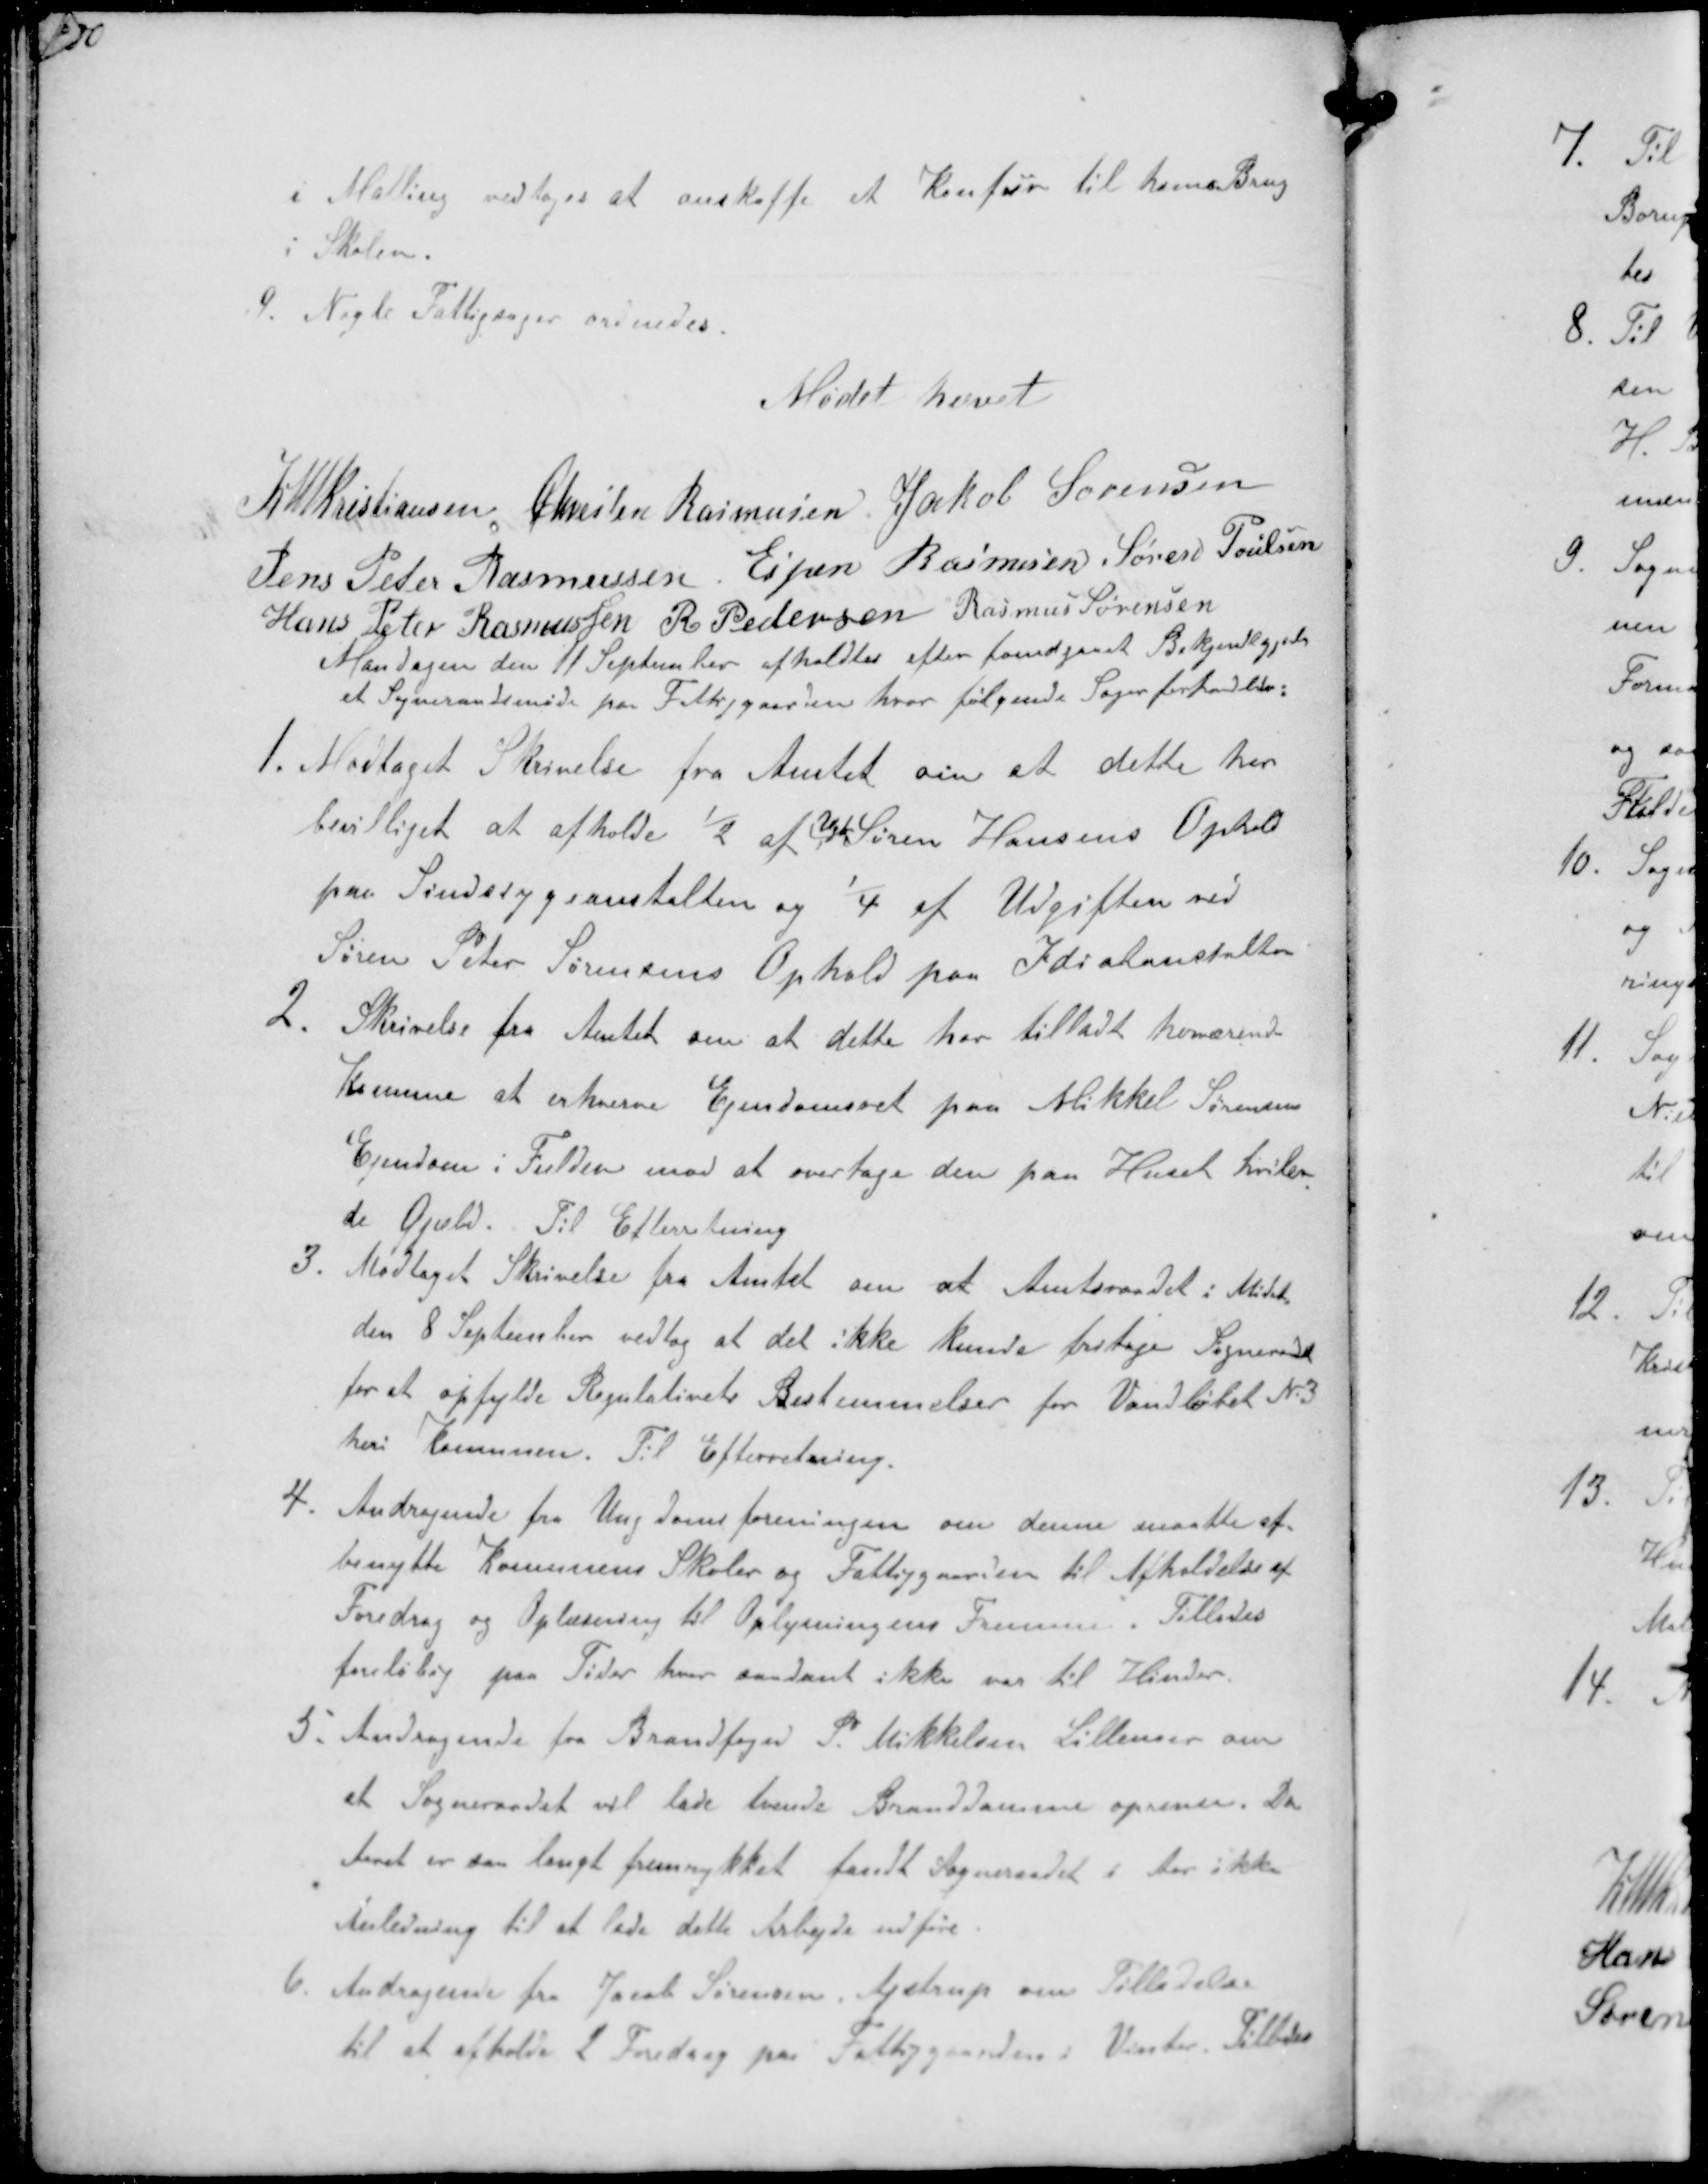
Transskription:
i Malling vedtoges at anskaffe et Komfur til hans Brug
Skolen.
4. Nogle Fattigsager ordnedes.

Mødet hævet

K N M Kristiansen Chresten Rasmussen Jakob Sørensen
Jens Peter Rasmussen Espen Rasmussen Søren Poulsen
Hans Peter Rasmussen RPedersen Rasmus Sørensen
Mandagen den 11 September afholdtes efter forudgaaet Bekjendtgjørelse
et Sogneraadsmøde paa Fattiggaarden hvor følgende Sager forhandledes:
1. Modtaget Skrivelse fra Amtet om at dette har
bevilliget at afholde ½ af N Søren Hansens Ophold
paa Sindsygeanstalten og 1/4 af Udgiften ved
Søren Peter Sørensens Ophold paa Idiotanstalten
2. Skrivelse fra Amtet om at dette har tilladt herværende
Komune at erhverve Ejendomsret paa Mikkel Sørensen
Ejendom i Fulden mod at overtage den paa Huset hvilen-
de Gjeld. Til Efterretning
3. Modtaget Skrivelse fra Amtet om at Amtsraadet i Mødet
den 8 September vedtog at det ikke kunde fritage Sogneraadet
for at opfylde Regulativets Bestemmelser for Vandløbet N3
heri Komunen. Til Efterretning.
4. Andragende fra Ungdomsforeningen om denne maatte af-
benytte Komunens Skoler og Fattiggaarden til Afholdelse af
Foredrag og Oplæsning til Oplysningens Fremme, Tillades
foreløbig paa Tider hvor saadant ikke var til Hinder
5. Andragende fra Brandfoged P. Mikkelsen Lillenor om
at Sogneraadet vil lade tvende Branddamme oprense. Da
Aaret er saa langt fremrykket fandt Sogneraadet i Aar ikke
Anledning til at lade dette Arbejde udføre
6. Andragere fra Jacob Sørensen, Ajstrup om Tilladelse
til at afholde 2 Foredrag paa Fattiggaarden i Vinter. Tillodes